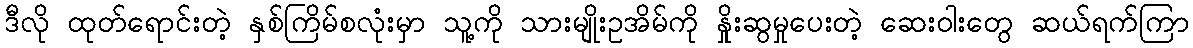
ဒီလို ထုတ်ရောင်းတဲ့ နှစ်ကြိမ်စလုံးမှာ သူ့ကို သားမျိုးဥအိမ်ကို နှိုးဆွမှုပေးတဲ့ ဆေးဝါးတွေ ဆယ်ရက်ကြာ